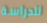
للدراسة